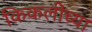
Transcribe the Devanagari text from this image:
किकलीच्या